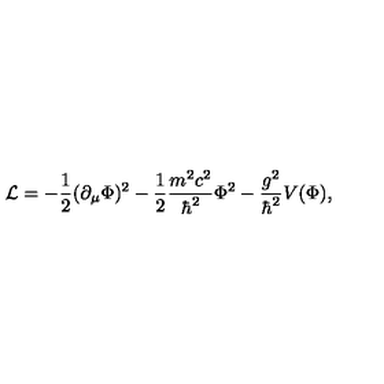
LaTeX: { \cal L } = - \frac { 1 } { 2 } ( \partial _ { \mu } \Phi ) ^ { 2 } - \frac { 1 } { 2 } \frac { m ^ { 2 } c ^ { 2 } } { \hbar ^ { 2 } } \Phi ^ { 2 } - \frac { g ^ { 2 } } { \hbar ^ { 2 } } V ( \Phi ) ,